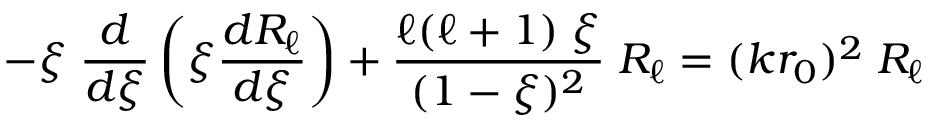
- \xi \; { \frac { d } { d \xi } } \left( \xi { \frac { d R _ { \ell } } { d \xi } } \right) + { \frac { \ell ( \ell + 1 ) \; \xi } { ( 1 - \xi ) ^ { 2 } } } \; R _ { \ell } = ( k r _ { 0 } ) ^ { 2 } \; R _ { \ell }